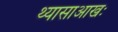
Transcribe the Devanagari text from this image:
थ्यासाआखः